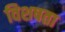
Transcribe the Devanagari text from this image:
विशषता